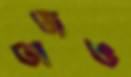
তাজও